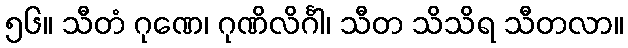
၅၆။ သီတံ ဂုဏေ၊ ဂုဏိလိင်္ဂါ၊ သီတ သိသိရ သီတလာ။